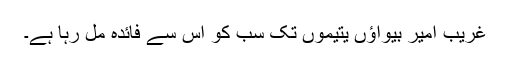
غریب امیر بیواؤں یتیموں تک سب کو اس سے فائدہ مل رہا ہے۔